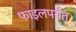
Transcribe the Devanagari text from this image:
फाइलपर्यंत